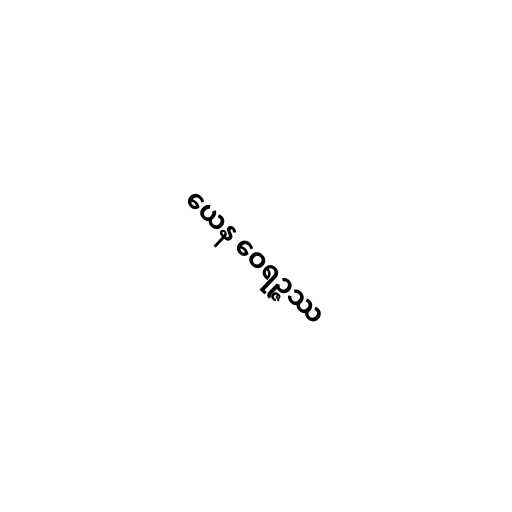
ယေန ဝေရဉ္ဇဿ